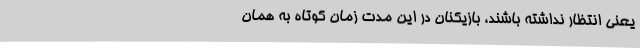
یعنی انتظار نداشته باشند، بازیکنان در این مدت زمان کوتاه به همان